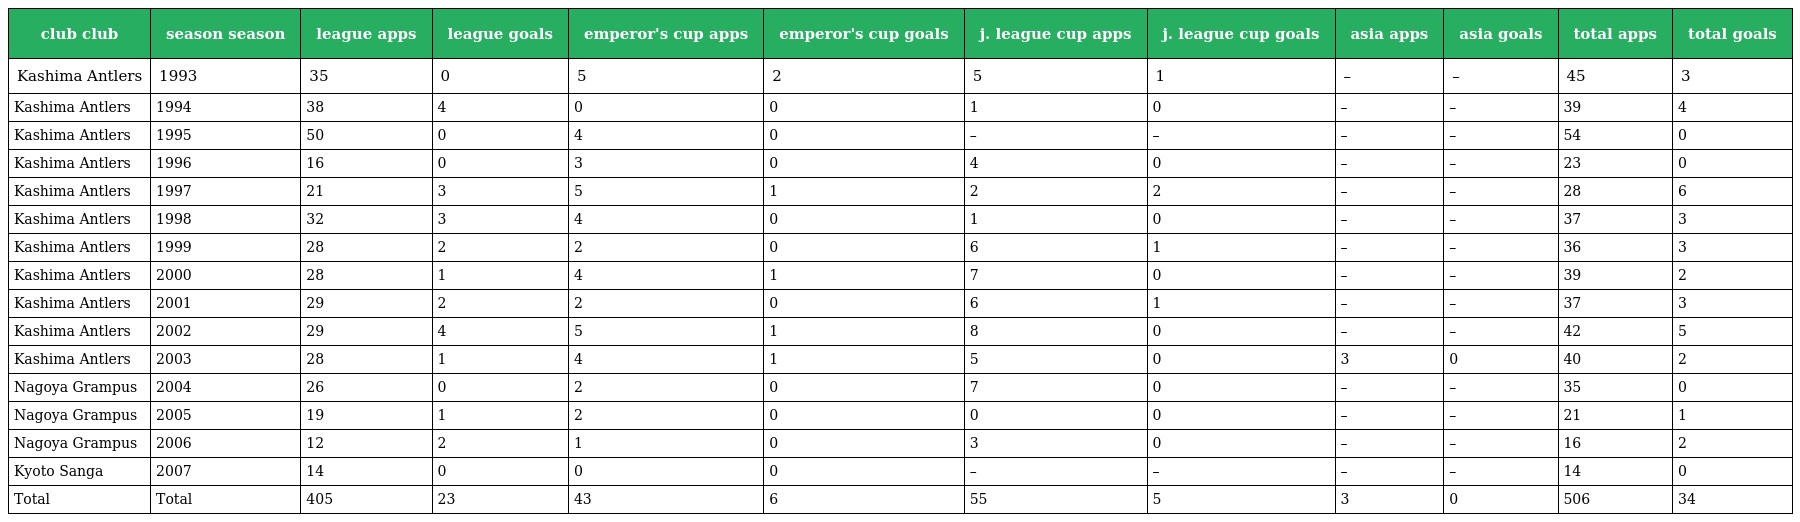
| club club | season season | league apps | league goals | emperor's cup apps | emperor's cup goals | j. league cup apps | j. league cup goals | asia apps | asia goals | total apps | total goals |
 | --- | --- | --- | --- | --- | --- | --- | --- | --- | --- | --- | --- |
 | Kashima Antlers | 1993 | 35 | 0 | 5 | 2 | 5 | 1 | – | – | 45 | 3 |
 | Kashima Antlers | 1994 | 38 | 4 | 0 | 0 | 1 | 0 | – | – | 39 | 4 |
 | Kashima Antlers | 1995 | 50 | 0 | 4 | 0 | – | – | – | – | 54 | 0 |
 | Kashima Antlers | 1996 | 16 | 0 | 3 | 0 | 4 | 0 | – | – | 23 | 0 |
 | Kashima Antlers | 1997 | 21 | 3 | 5 | 1 | 2 | 2 | – | – | 28 | 6 |
 | Kashima Antlers | 1998 | 32 | 3 | 4 | 0 | 1 | 0 | – | – | 37 | 3 |
 | Kashima Antlers | 1999 | 28 | 2 | 2 | 0 | 6 | 1 | – | – | 36 | 3 |
 | Kashima Antlers | 2000 | 28 | 1 | 4 | 1 | 7 | 0 | – | – | 39 | 2 |
 | Kashima Antlers | 2001 | 29 | 2 | 2 | 0 | 6 | 1 | – | – | 37 | 3 |
 | Kashima Antlers | 2002 | 29 | 4 | 5 | 1 | 8 | 0 | – | – | 42 | 5 |
 | Kashima Antlers | 2003 | 28 | 1 | 4 | 1 | 5 | 0 | 3 | 0 | 40 | 2 |
 | Nagoya Grampus | 2004 | 26 | 0 | 2 | 0 | 7 | 0 | – | – | 35 | 0 |
 | Nagoya Grampus | 2005 | 19 | 1 | 2 | 0 | 0 | 0 | – | – | 21 | 1 |
 | Nagoya Grampus | 2006 | 12 | 2 | 1 | 0 | 3 | 0 | – | – | 16 | 2 |
 | Kyoto Sanga | 2007 | 14 | 0 | 0 | 0 | – | – | – | – | 14 | 0 |
 | Total | Total | 405 | 23 | 43 | 6 | 55 | 5 | 3 | 0 | 506 | 34 |